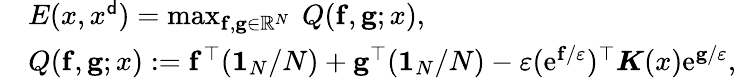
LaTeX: \begin{array}{rl}&{E(x,x^{\sf d})=\operatorname*{max}_{{\mathbf f},{\mathbf g}\in{\mathbb R}^{N}}\ Q({\mathbf f},{\mathbf g};x),}\\ &{Q({\mathbf f},{\mathbf g};x):={\mathbf f}^{\top}({\mathbf 1}_{N}/N)+{\mathbf g}^{\top}({\mathbf 1}_{N}/N)-\varepsilon(\mathrm{e}^{{\mathbf f}/\varepsilon})^{\top}{\boldsymbol K}(x)\mathrm{e}^{{\mathbf g}/\varepsilon},}\end{array}